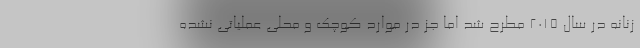
زنانه در سال 2015 مطرح شد اما جز در موارد کوچک و محلی عملیاتی نشده